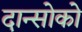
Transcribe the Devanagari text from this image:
दान्सोको